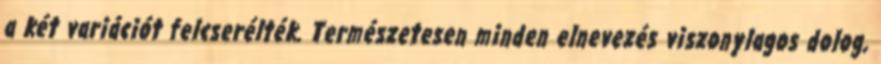
a két variációt felcserélték. Természetesen minden elnevezés viszonylagos dolog,